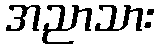
အညာသား